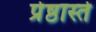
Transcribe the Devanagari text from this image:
प्रेष्ठास्ते